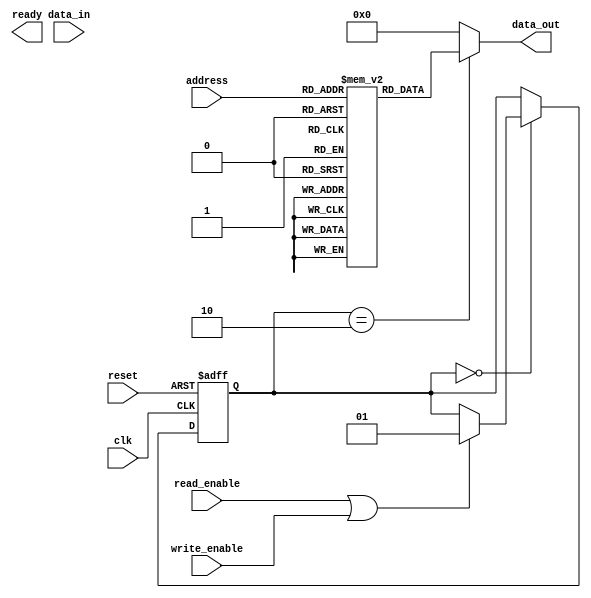
module SDRAM (
    input wire clk,
    input wire reset,
    input wire [ADDRESS_WIDTH-1:0] address,
    input wire write_enable,
    input wire read_enable,
    input wire [DATA_WIDTH-1:0] data_in,
    output wire [DATA_WIDTH-1:0] data_out,
    output wire ready
);

parameter ADDRESS_WIDTH = 12;
parameter DATA_WIDTH = 32;

reg [DATA_WIDTH-1:0] memory [0:2**ADDRESS_WIDTH-1];
reg [ADDRESS_WIDTH-1:0] row_address, column_address;
reg [1:0] state;
reg row_active, column_active;

always @(posedge clk or posedge reset) begin
    if (reset) begin
        state <= 0;
        row_active <= 0;
        column_active <= 0;
    end else begin
        case (state)
            0: begin // Idle state
                if (read_enable || write_enable) begin
                    row_active <= 1;
                    state <= 1;
                end
            end
            1: begin // Row activation state
                // Address decoding logic here
                // Activate row
                row_active <= 0;
            end
            // Add more states and control logic for column access, precharge, refresh cycle, etc.
        endcase
    end
end

always @(*) begin
    case (state)
        // Data path logic here
    endcase
end

always @(*) begin
    // State machine logic here
end

assign data_out = (state == 2) ? memory[address] : 0;

endmodule